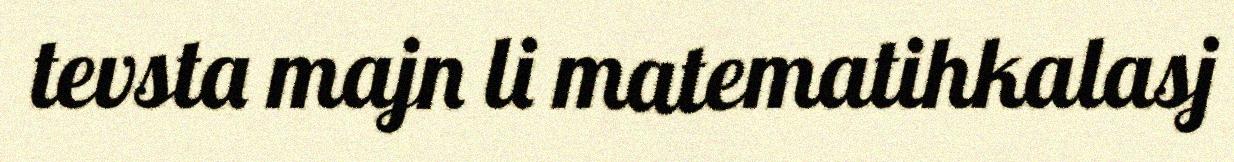
tevsta majn li matematihkalasj